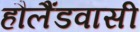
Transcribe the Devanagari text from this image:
हौलैंडवासी